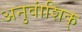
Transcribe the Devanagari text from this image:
अनुवांशिक्